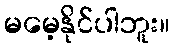
မမေ့နိုင်ပါဘူး။